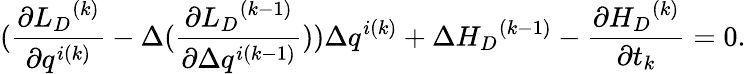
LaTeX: (\frac{\partial{{L}_{D}}^{(k)}}{\partial q^{i(k)}}-\Delta(\frac{\partial{{L}_{D}}^{(k-1)}}{\partial\Delta q^{i(k-1)}}))\Delta q^{i(k)}+\Delta{{H}_{D}}^{(k-1)}-\frac{\partial{H_{D}}^{(k)}}{\partial t_{k}}=0.